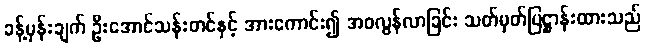
ခန့်မှန်းချက် ဦးအောင်သန်းတင်နှင့် အားကောင်း၍ အဝလွန်လာခြင်း သတ်မှတ်ပြဋ္ဌာန်းထားသည်